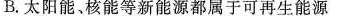
B.太阳能、核能等新能源都属于可再生能源